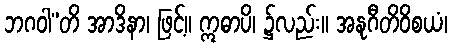
ဘဂဝါ”တိ အာဒိနာ၊ ဖြင့်။ ဣဓာပိ၊ ၌လည်း။ အနုဂီတိဝိစယံ၊